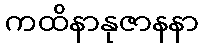
ကထိနာနုဇာနနာ